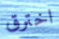
اخترق